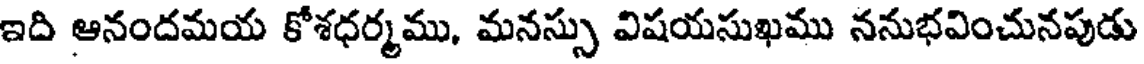
ఇది ఆనందమయ కోశధర్మము, మనస్సు విషయసుఖము ననుభవించునపుడు